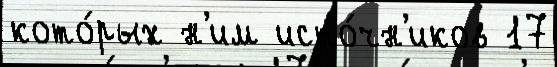
кото́рых н'им исто́чн'иков 17